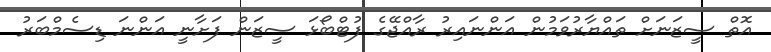
އޮތް ސީޒަނަށް ތައްޔާރުވަމުން އަންނައިރު ރާއްޖޭގެ ފުޓްބޯޅަ ސީޒަން ފަށާނީ އަންނަ ޑިސެމްބަރު